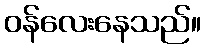
ဝန်လေးနေသည်။